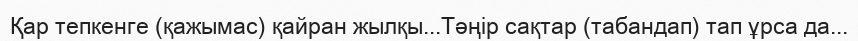
Қар тепкенге (қажымас) қайран жылқы...Тәңір сақтар (табандап) тап ұрса да...